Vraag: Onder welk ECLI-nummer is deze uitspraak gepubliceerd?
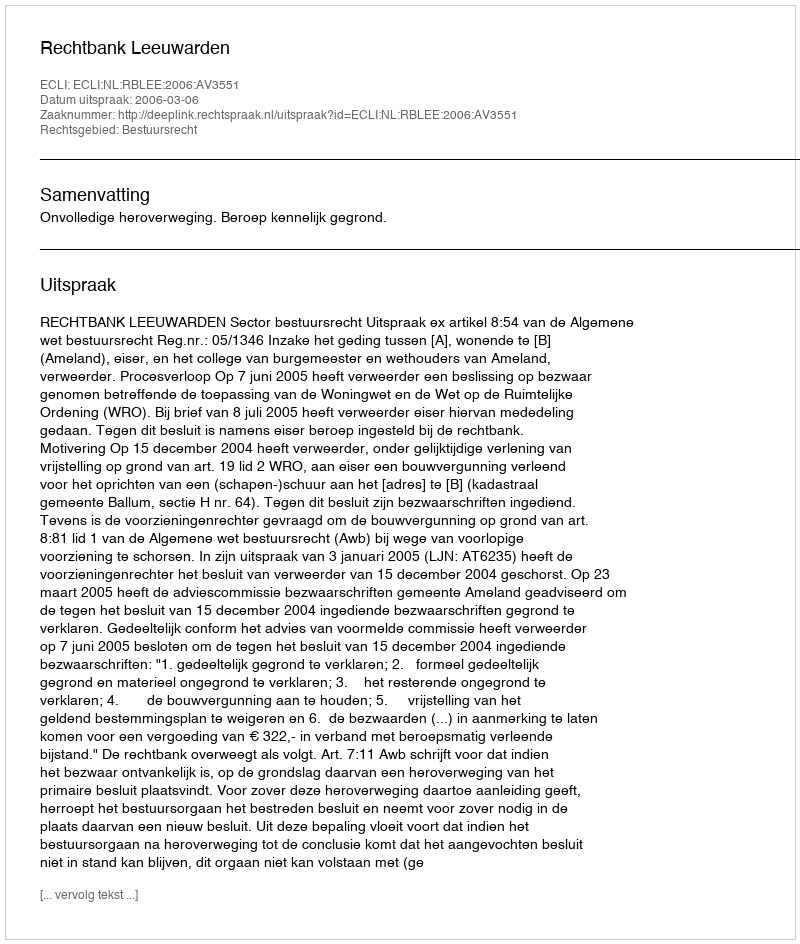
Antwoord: ECLI:NL:RBLEE:2006:AV3551